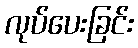
လုပ်ပေးခြင်း